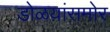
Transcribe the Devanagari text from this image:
डोळय़ांसमोर